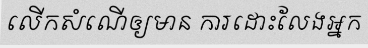
លើកសំណើឲ្យមាន ការដោះលែងអ្នក